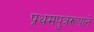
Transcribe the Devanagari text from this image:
प्रथमपुत्ररूपाने